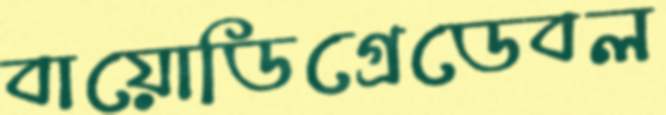
বায়োডিগ্রেডেবল